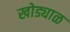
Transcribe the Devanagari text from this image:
खोड्याळ